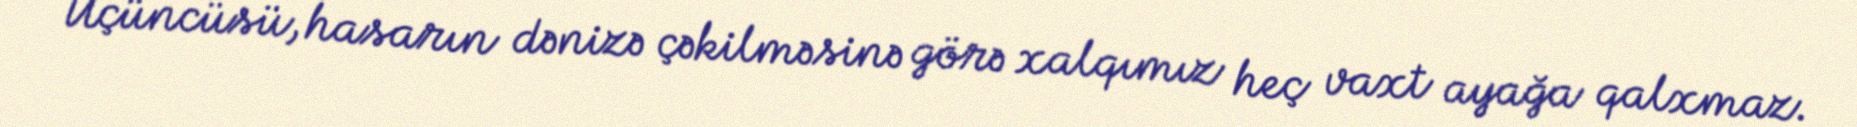
Üçüncüsü, hasarın dənizə çəkilməsinə görə xalqımız heç vaxt ayağa qalxmaz.